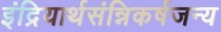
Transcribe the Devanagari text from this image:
इंद्रियार्थसंन्निकर्षजन्य